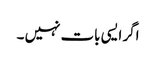
اگر ایسی بات نہیں ۔